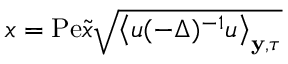
x = \mathrm { P e } \tilde { x } \sqrt { \left\langle u ( - \Delta ) ^ { - 1 } u \right\rangle _ { \mathbf { y } , \tau } }